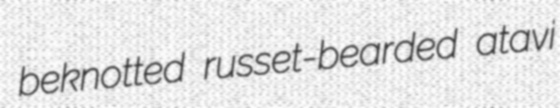
beknotted russet-bearded atavi